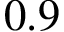
0 . 9